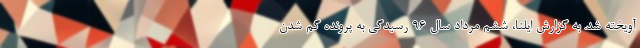
آویخته شد. به گزارش ایلنا، ششم مرداد سال 96 رسیدگی به پرونده گم شدن